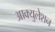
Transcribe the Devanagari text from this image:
आक्युलेशन